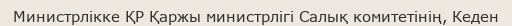
Министрлікке ҚР Қаржы министрлігі Салық комитетінің, Кеден